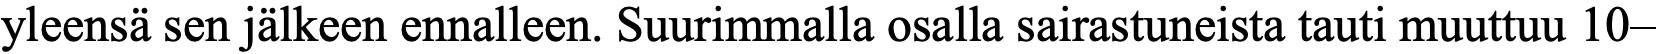
yleensä sen jälkeen ennalleen. Suurimmalla osalla sairastuneista tauti muuttuu 10–